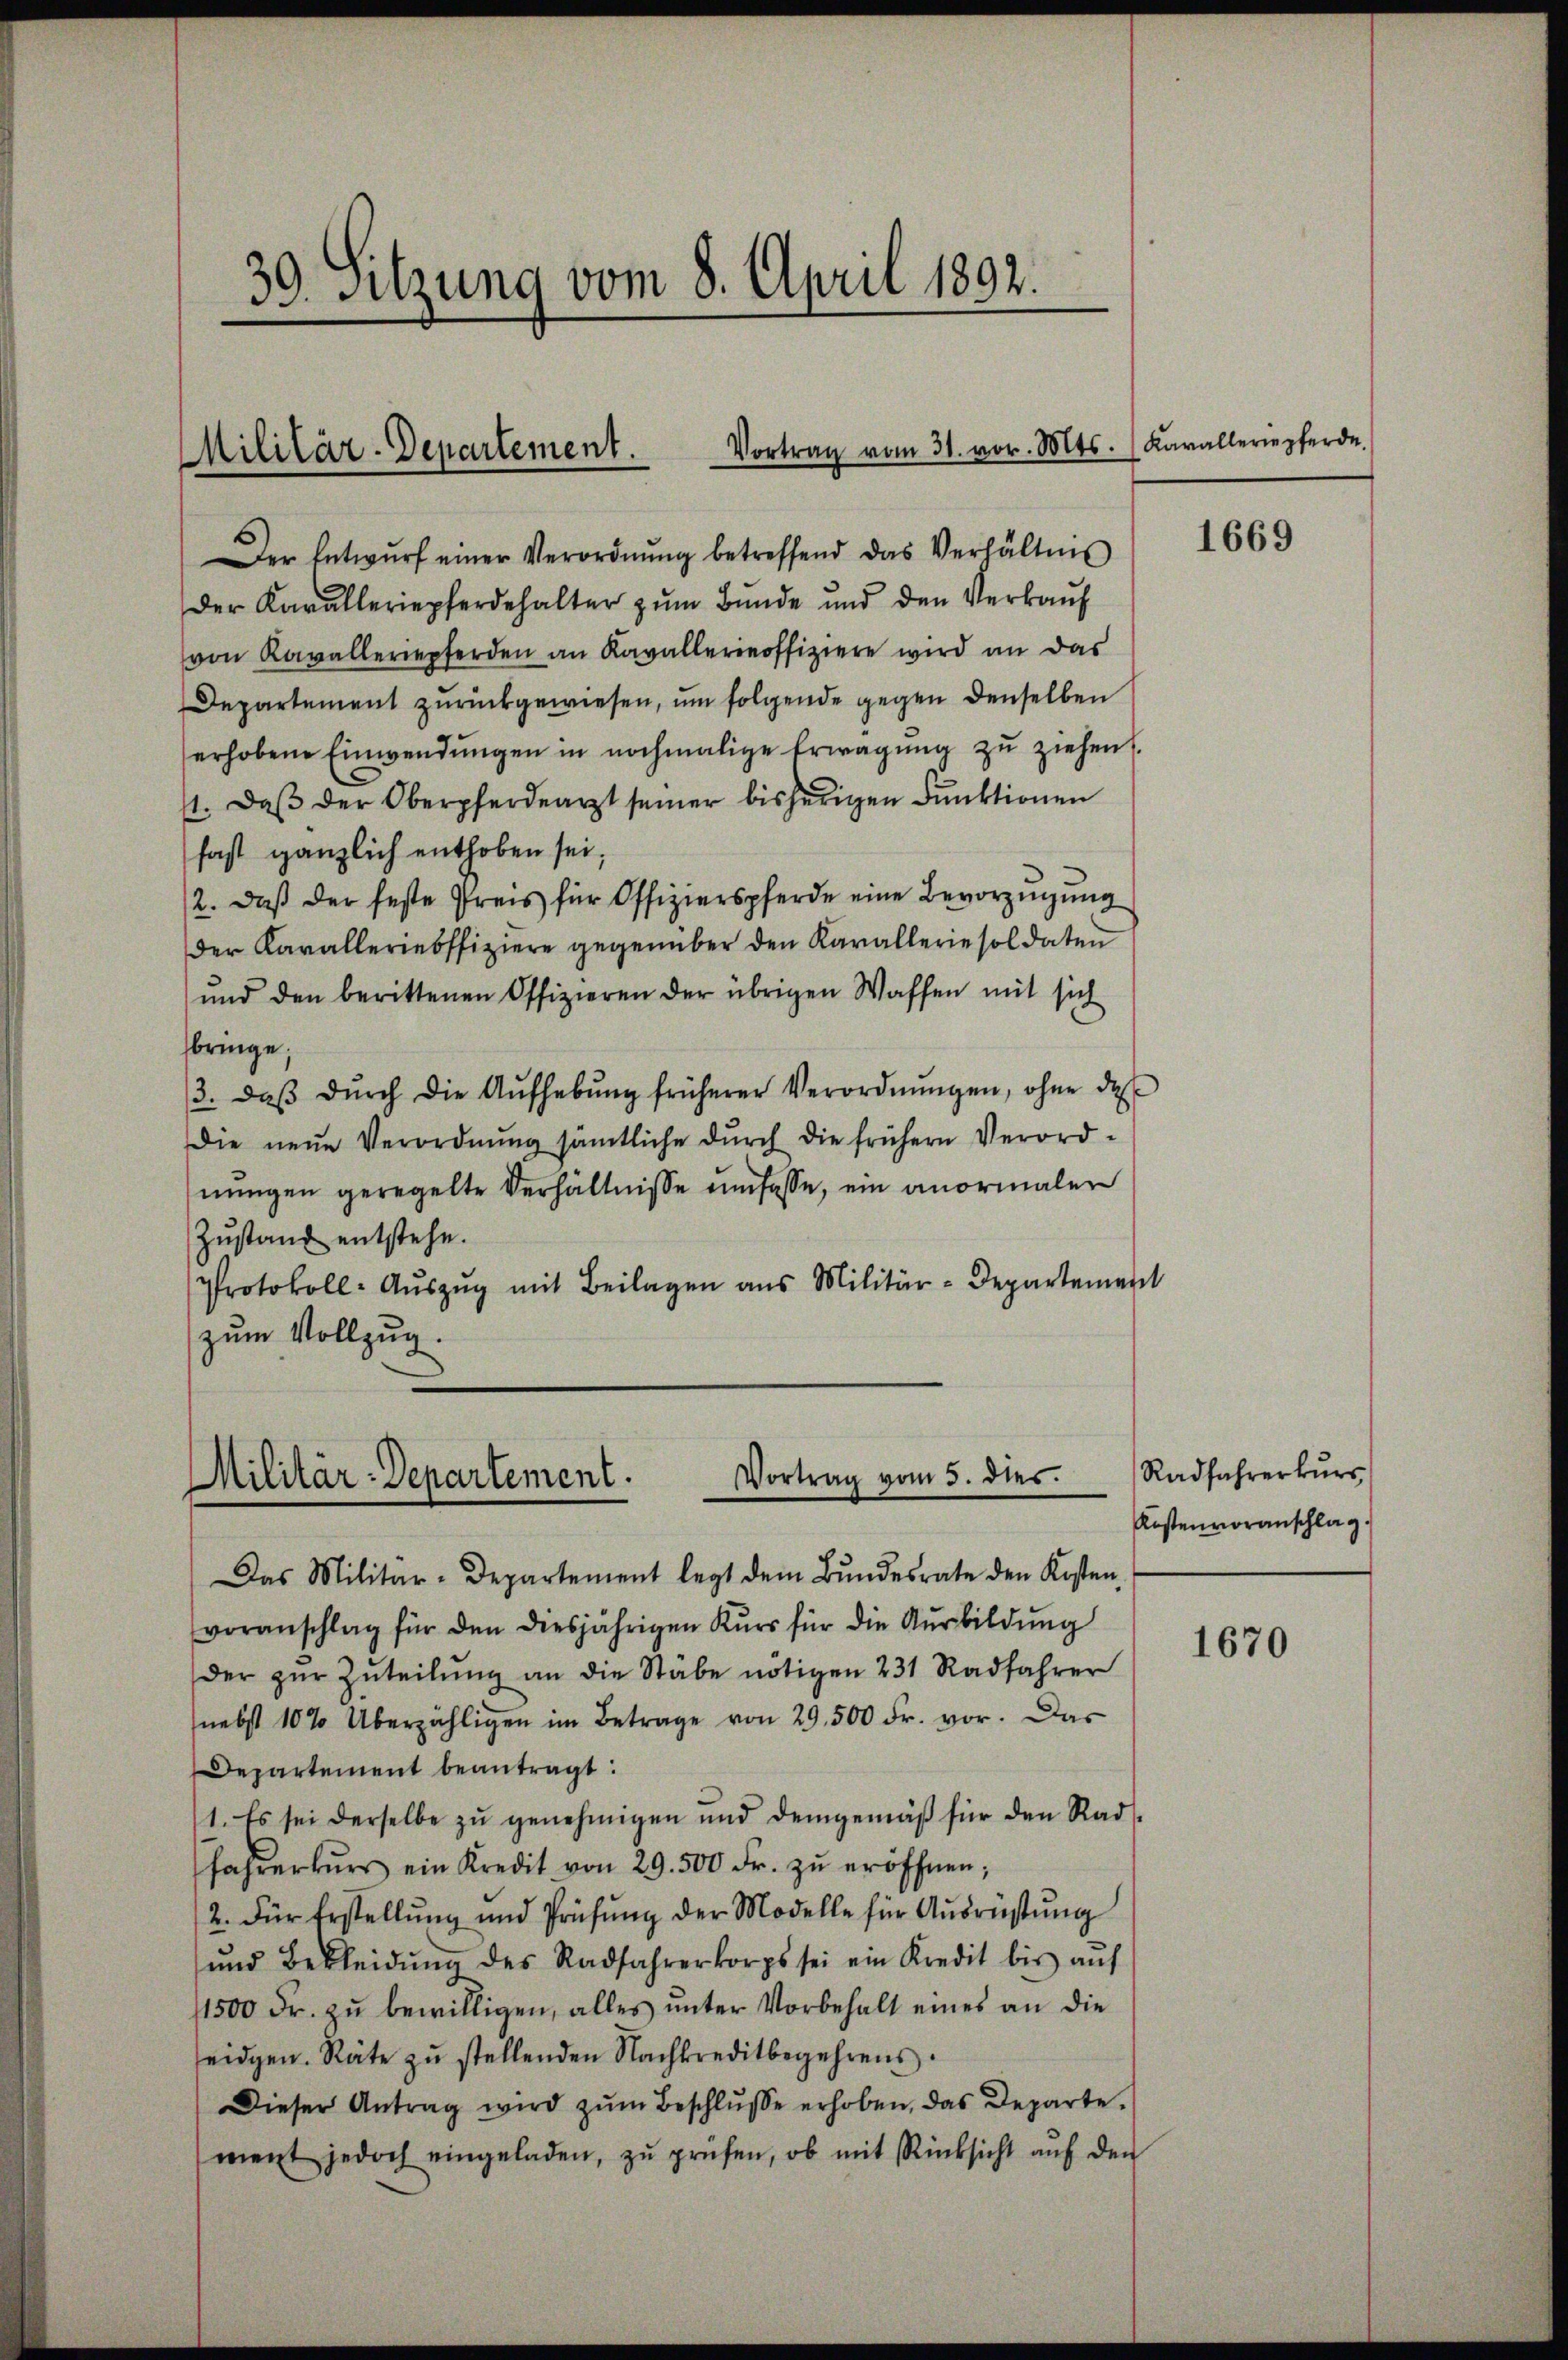
39. Sitzung vom 8. April 1892.

Vortrag vom 31. vor. Mts
Militär-Departement.

Der Entwurf einer Verordnung betreffend das Verhältnis
der Kavalleriepferdehalter zŭm Bŭnde und den Verkaŭf
von Kavalleriepferden an Kavallerieoffiziere wird an das
Departement zurückgewiesen, um folgende gegen denselben
erhobene Einwendungen in nochmalige Erwägung zu ziehen.
11. Daß der Oberpferdearzt seiner bisherigen Funktionen
fast gänzlich enthoben sei,
2. daβ der feste Preis für Offizierspferde eine Bevorzugung
der Kavalleriebffiziere gegenüber den Karallerie soldaten
und den berittenen Offizieren der übrigen Waffen mit sich
bringe;
3. daβ dŭrch die Aŭfhebŭng früherer Verordnŭngen, ohne de
Die neue Verordnŭng sämtliche dŭrch die frühern Verord-
nungen geregelte Verhältnisse umfasse, ein anormalen
Zustand entstehe.
Protokoll-Aŭszŭg mit Beilagen aus Militär-Departement
zum Vollzug.

Vortrag vom 3. dies
Militär-Departement.

Das Militär-Departement legt dem Bŭndesrate den Kosten
voranschlag für den diesjährigen Kurs für die Ausbildung
der zŭr Zuteilŭng an die Stäbe nötigen 231 Radfahrer
(nebst 10% Überzähligen im Betrage von 29. 500 Fr. vor. Das
Departement beantragt:
1. Es sei derselbe zŭ genehmigen und demgemäβ für den Rad
fahrerkŭrs ein Kredit von 29. 500 Fr. zŭ eröffnen;
2. Für Erstellung und Prüfŭng der Modelle für Ausrüstung
und Bekleidŭng des Radfahrerkorps sei ein Kredit bis aŭf
1500 Fr. zu bewilligen, alles unter Vorbehalt eines an die
seidgen. Räte zu stellenden Nachkreditbegehrens.
Dieser Antrag wird zŭm Beschlŭsse erhoben, das Departe.
ment jedoch eingeladen, zŭ prüfen, ob mit Rücksicht aŭf den

Karalleriepferde.

1669

Radfahrerkŭrs
Kostenvoranschlag.

1670